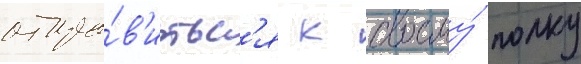
отпра́в'итьс'я к своему́ полку